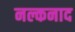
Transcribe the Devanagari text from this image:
नल्कनाद